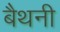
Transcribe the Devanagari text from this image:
बैथनी